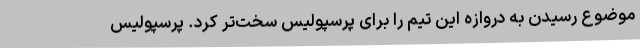
موضوع رسیدن به دروازه این تیم را برای پرسپولیس سخت‌تر کرد. پرسپولیس